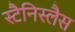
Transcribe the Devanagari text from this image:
स्टैनिस्लैस